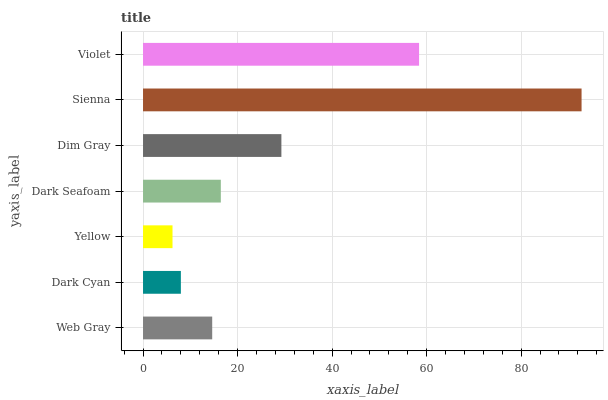
| yaxis_label | bars |
 | --- | --- |
 | Web Gray | 14.6 |
 | Dark Cyan | 8.01 |
 | Yellow | 6.24 |
 | Dark Seafoam | 16.5 |
 | Dim Gray | 29.3 |
 | Sienna | 92.8 |
 | Violet | 58.4 |